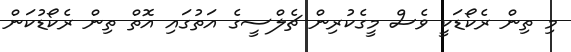
މި ތިން ރެކޯޑަކީ ވެސް މީގެކުރިން ޗެލްސީގެ އަތުގައި އޮތް ތިން ރެކޯޑުކަން